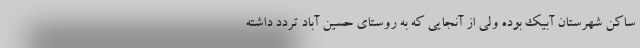
ساکن شهرستان آبیک بوده ولی از آنجایی که به روستای حسین آباد تردد داشته